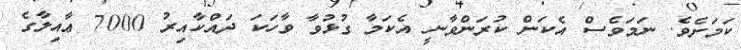
ކަމަށެވެ. ނަމަވެސް އެކަން ކުރަންވާނީ އެކަމާ ގުޅުވާ ވާހަކަ ދައްކާއިރު 7000 ޢާއިލާގެ